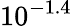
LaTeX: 10^{-1.4}